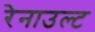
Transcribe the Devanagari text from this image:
रेनाउल्ट